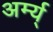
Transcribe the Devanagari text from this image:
अर्म्य्